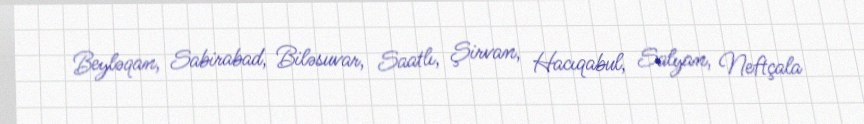
Beyləqan, Sabirabad, Biləsuvar, Saatlı, Şirvan, Hacıqabul, Salyan, Neftçala